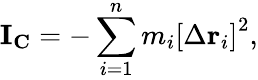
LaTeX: \mathbf{I}_{\mathbf{C}}=-\sum_{i=1}^{n}m_{i}\left[\Delta\mathbf{r}_{i}\right]^{2},